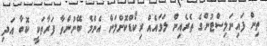
ތިން ފައިނަލިސްޓުންގެ ތެރެއިން ލަވައެއް ރިކޯޑްކޮށްލަން އެންމެ ބޭނުންވާ ފަރާތަކީ ކޮބާ އަދި